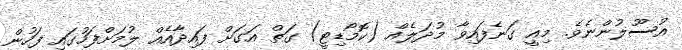
އުސޫލުންނެވެ. މިއީ ގަނެފައިވާ މުދަލެއް (ކޮމޯޑިޓީ) ގަތް އަގަށް ފައިދާއެއް ލުމަށްފަހުގައި ފަހުން